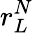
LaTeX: r_{L}^{N}